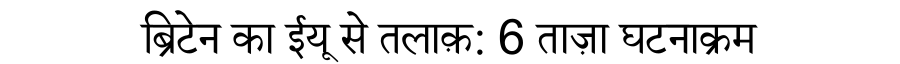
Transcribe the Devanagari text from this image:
ब्रिटेन का ईयू से तलाक़: 6 ताज़ा घटनाक्रम